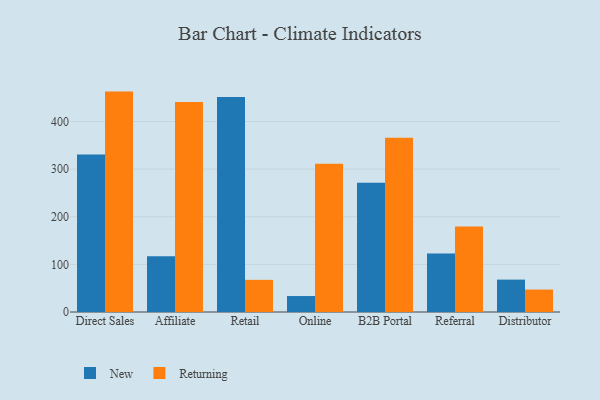
{"axis": {"x": "Channel", "y": "Energy Usage (MWh)"}, "legend": ["New", "Returning"], "data": [{"x": "Direct Sales", "y": 330.9, "type": "New"}, {"x": "Direct Sales", "y": 462.8, "type": "Returning"}, {"x": "Affiliate", "y": 116.9, "type": "New"}, {"x": "Affiliate", "y": 441.2, "type": "Returning"}, {"x": "Retail", "y": 451.4, "type": "New"}, {"x": "Retail", "y": 67.5, "type": "Returning"}, {"x": "Online", "y": 33.5, "type": "New"}, {"x": "Online", "y": 311.2, "type": "Returning"}, {"x": "B2B Portal", "y": 271.5, "type": "New"}, {"x": "B2B Portal", "y": 365.8, "type": "Returning"}, {"x": "Referral", "y": 122.8, "type": "New"}, {"x": "Referral", "y": 179.7, "type": "Returning"}, {"x": "Distributor", "y": 68.0, "type": "New"}, {"x": "Distributor", "y": 47.1, "type": "Returning"}]}